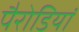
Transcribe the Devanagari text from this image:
पैरोडियां